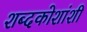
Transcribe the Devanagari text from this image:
शब्दकोशांशी